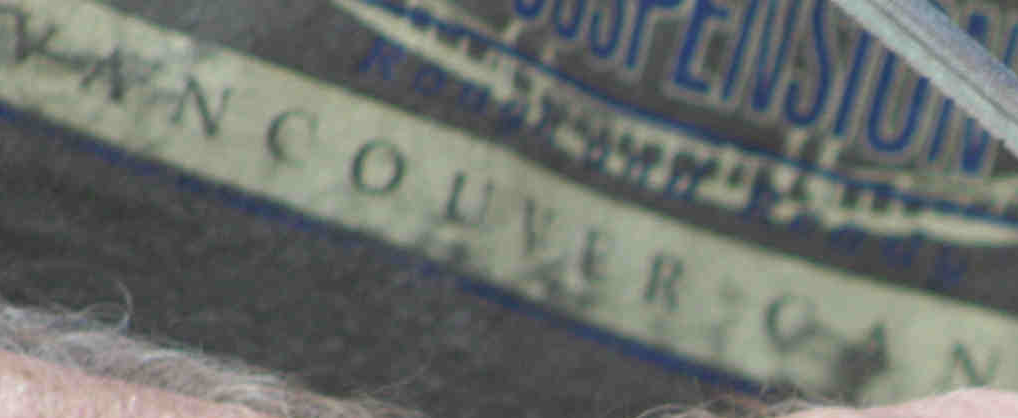
VANCOUVER OAN